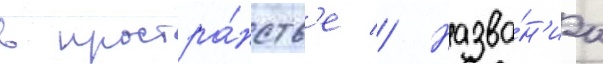
в простра́нств'е // Назва́н'иа